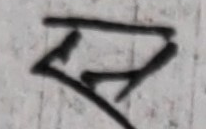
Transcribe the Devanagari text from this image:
स